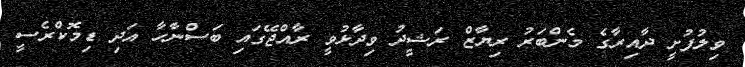
ވިލުފުށީ ދާއިރާގެ މެންބަރު ރިޔާޒް ރަޝީދު ވިދާޅުވީ ރާއްޖޭގައި ބަސްނާހާ އަދި ޑިމޮކްރެސީ